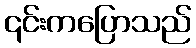
၎င်းကပြောသည်